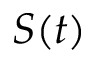
S ( t )